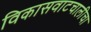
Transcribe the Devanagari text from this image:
विकासवाटचालीचा